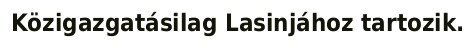
Közigazgatásilag Lasinjához tartozik.